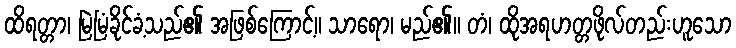
ထိရတ္တာ၊ မြဲမြံခိုင်ခံ့သည်၏ အဖြစ်ကြောင့်။ သာရော၊ မည်၏။ တံ၊ ထိုအရဟတ္တဖိုလ်တည်းဟူသော